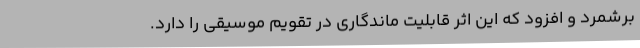
برشمرد و افزود که این اثر قابلیت ماندگاری در تقویم موسیقی را دارد.